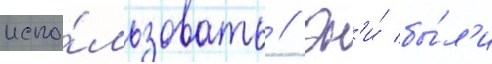
испо́льзовать // Он'и́ бы́л'и